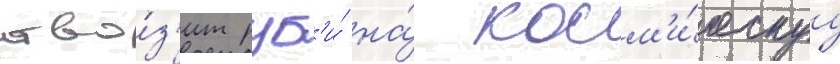
отво́з'ит руб'и́ на́ косм'и́ческуу